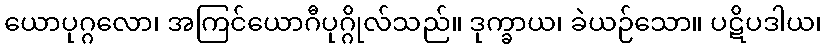
ယောပုဂ္ဂလော၊ အကြင်ယောဂီပုဂ္ဂိုလ်သည်။ ဒုက္ခာယ၊ ခဲယဉ်သော။ ပဋိပဒါယ၊